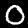
Label: 0